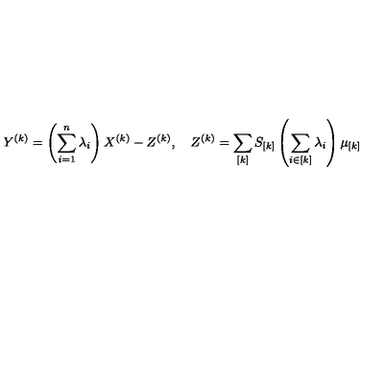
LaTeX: Y ^ { ( k ) } = \left( \sum _ { i = 1 } ^ { n } \lambda _ { i } \right) X ^ { ( k ) } - Z ^ { ( k ) } , \quad Z ^ { ( k ) } = \sum _ { [ k ] } S _ { [ k ] } \left( \sum _ { i \in [ k ] } \lambda _ { i } \right) \mu _ { [ k ] }